Problem: 15 + 12 = ?
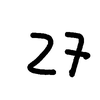
Handwritten answer: 27